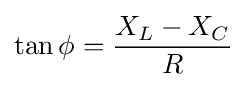
\tan \phi ={\frac {X_{L}-X_{C}}{R}}\,\!